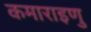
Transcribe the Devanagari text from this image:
कमाराइणु